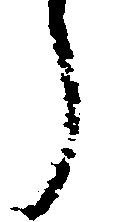
郎